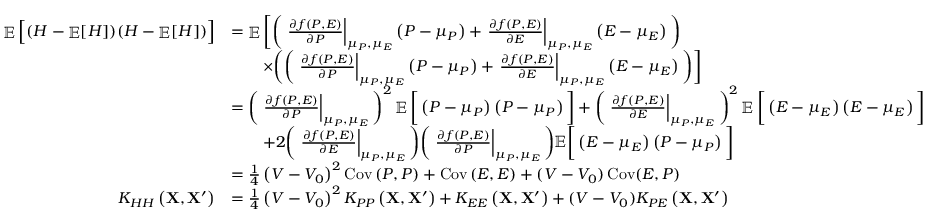
\begin{array} { r l } { \mathop { \mathbb { E } } \Big [ ( H - \mathop { \mathbb { E } } [ H ] ) ( H - \mathop { \mathbb { E } } [ H ] ) \Big ] } & { = \mathop { \mathbb { E } } \bigg [ \bigg ( \left. \frac { \partial f \left( P , E \right) } { \partial P } \right| _ { \mu _ { P } , \mu _ { E } } \left( P - \mu _ { P } \right) + \left. \frac { \partial f \left( P , E \right) } { \partial E } \right| _ { \mu _ { P } , \mu _ { E } } \left( E - \mu _ { E } \right) \bigg ) } \\ & { \qquad \times \bigg ( \bigg ( \left. \frac { \partial f \left( P , E \right) } { \partial P } \right| _ { \mu _ { P } , \mu _ { E } } \left( P - \mu _ { P } \right) + \left. \frac { \partial f \left( P , E \right) } { \partial E } \right| _ { \mu _ { P } , \mu _ { E } } \left( E - \mu _ { E } \right) \bigg ) \bigg ] } \\ & { = \bigg ( \left. \frac { \partial f \left( P , E \right) } { \partial P } \right| _ { \mu _ { P } , \mu _ { E } } \bigg ) ^ { 2 } \mathop { \mathbb { E } } \bigg [ \left( P - \mu _ { P } \right) \left( P - \mu _ { P } \right) \bigg ] + \bigg ( \left. \frac { \partial f \left( P , E \right) } { \partial E } \right| _ { \mu _ { P } , \mu _ { E } } \bigg ) ^ { 2 } \mathop { \mathbb { E } } \bigg [ \left( E - \mu _ { E } \right) \left( E - \mu _ { E } \right) \bigg ] } \\ & { \qquad + 2 \bigg ( \left. \frac { \partial f \left( P , E \right) } { \partial E } \right| _ { \mu _ { P } , \mu _ { E } } \bigg ) \bigg ( \left. \frac { \partial f \left( P , E \right) } { \partial P } \right| _ { \mu _ { P } , \mu _ { E } } \bigg ) \mathbb { E } \bigg [ \left( E - \mu _ { E } \right) \left( P - \mu _ { P } \right) \bigg ] } \\ & { = \frac { 1 } { 4 } \left( V - V _ { 0 } \right) ^ { 2 } \operatorname { C o v } \left( P , P \right) + \operatorname { C o v } \left( E , E \right) + ( V - V _ { 0 } ) \operatorname { C o v } ( E , P ) } \\ { K _ { H H } \left( \mathbf { X } , \mathbf { X } ^ { \prime } \right) } & { = \frac { 1 } { 4 } \left( V - V _ { 0 } \right) ^ { 2 } K _ { P P } \left( \mathbf { X } , \mathbf { X } ^ { \prime } \right) + K _ { E E } \left( \mathbf { X } , \mathbf { X } ^ { \prime } \right) + ( V - V _ { 0 } ) K _ { P E } \left( \mathbf { X } , \mathbf { X } ^ { \prime } \right) } \end{array}